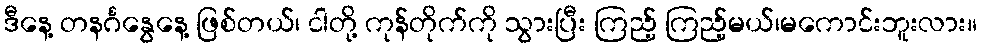
ဒီနေ့ တနင်္ဂနွေနေ့ ဖြစ်တယ်၊ ငါတို့ ကုန်တိုက်ကို သွားပြီး ကြည့် ကြည့်မယ်၊မကောင်းဘူးလား။